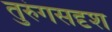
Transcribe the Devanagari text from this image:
तुरुंगसदृश